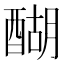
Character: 醐